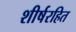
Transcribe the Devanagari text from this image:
शीर्षरहित